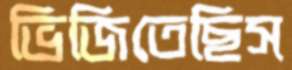
ভিজিতেছিস